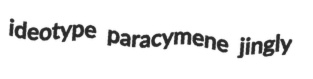
ideotype paracymene jingly